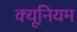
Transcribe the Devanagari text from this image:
क्यूनियम